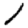
Digit: 1